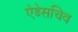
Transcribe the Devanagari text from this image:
ऐडेसचिव